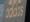
adidas